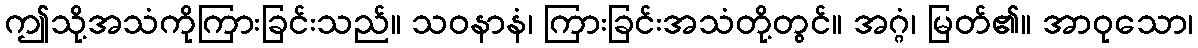
ဤသို့အသံကိုကြားခြင်းသည်။ သဝနာနံ၊ ကြားခြင်းအသံတို့တွင်။ အဂ္ဂံ၊ မြတ်၏။ အာဝုသော၊